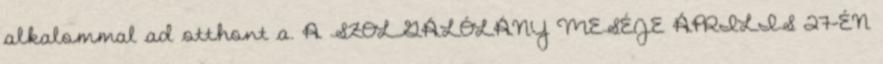
alkalommal ad otthont a. A SZOLGÁLÓLÁNY MESÉJE ÁPRILIS 27-ÉN